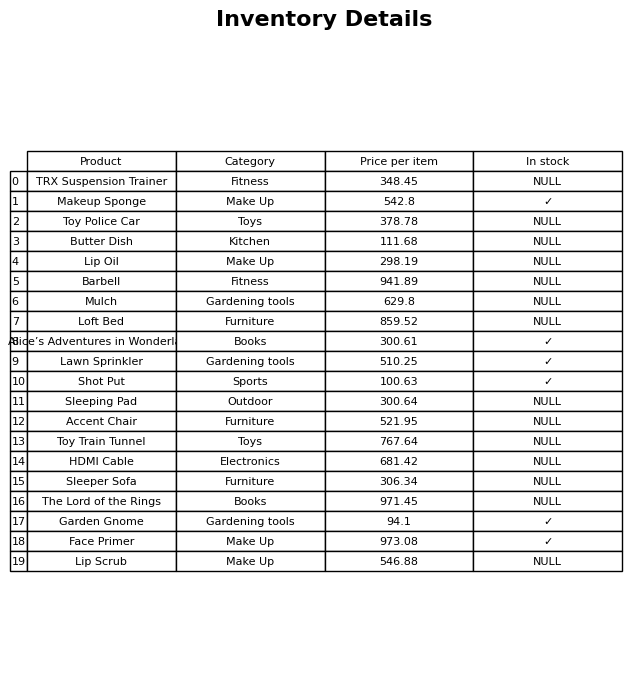
question: What is the price for Face Primer?
answer: The price of Face Primer is 973.08.